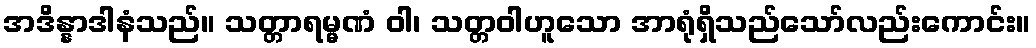
အဒိန္နာဒါနံသည်။ သတ္တာရမ္မဏံ ဝါ၊ သတ္တဝါဟူသော အာရုံရှိသည်သော်လည်းကောင်း။